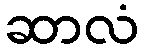
ဆာလံ